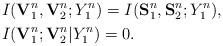
LaTeX: \begin{align*}&I(\mathbf{V}^n_1,\mathbf{V}^n_2;Y^n_1)=I(\mathbf{S}^n_1,\mathbf{S}^n_2;Y^n_1),\\&I(\mathbf{V}^n_1;\mathbf{V}^n_2|Y^n_1)=0.\end{align*}